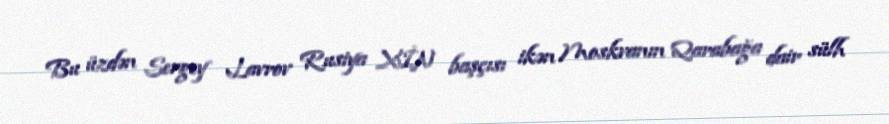
Bu üzdən Sergey Lavrov Rusiya XİN başçısı ikən Moskvanın Qarabağa dair sülh